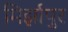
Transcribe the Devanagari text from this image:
मिर्झापुर